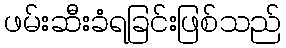
ဖမ်းဆီးခံရခြင်းဖြစ်သည်